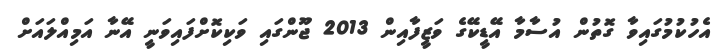
އެހުކުމުގައިވާ ގޮތުން އުސާމާ އޭޑީކޭގެ ވަޒީފާއިން 2013 ޖޫންގައި ވަކިކޮށްފައިވަނީ އޭނާ އަމިއްލައަށް